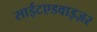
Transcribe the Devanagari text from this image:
साईटएडवाइज़र